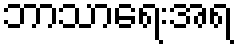
ဘာသာရေးအရ